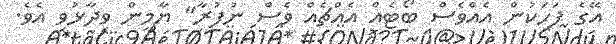
އޭގެ ފަހަކުން އެއްވެސް ބޯޓެއް އެއްޗެއް ވެސް ނުފުރާ" ޔާމީން ވިދާޅުވި އެވެ.